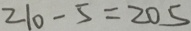
2 1 0 - 5 = 2 0 5